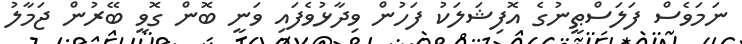
ނަމަވެސް ފަލަސްޠީނުގެ އޮފިޝަލަކު ފަހުން ވިދާޅުވެފައި ވަނީ ބޮން ގޮވީ ބޭރުން ޖަމާލު